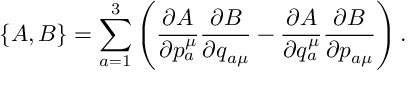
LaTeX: \{ A , B \} = \sum _ { a = 1 } ^ { 3 } \left( \frac { \partial A } { \partial { p _ { a } ^ { \mu } } } \frac { \partial B } { \partial { q _ { a \mu } } } - \frac { \partial A } { \partial { q _ { a } ^ { \mu } } } \frac { \partial B } { \partial { p _ { a \mu } } } \right) .